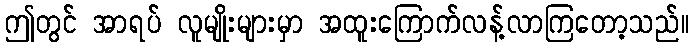
ဤတွင် အာရပ် လူမျိုးများမှာ အထူးကြောက်လန့်လာကြတော့သည်။